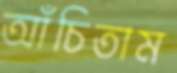
আঁচিতাম